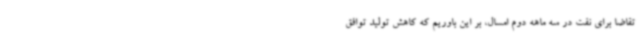
تقاضا برای نفت در سه ماهه دوم امسال، بر این باوریم که کاهش تولید توافق